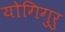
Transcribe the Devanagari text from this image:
योगिगुरु